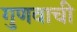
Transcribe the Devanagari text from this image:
गुणवाची